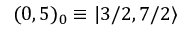
( 0 , 5 ) _ { 0 } \equiv | 3 / 2 , 7 / 2 \rangle